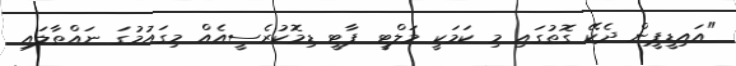
"އައިޑީޕީން ދެކޭ ގޮތުގައި މި ކަމަކީ މަލްޓީ ޕާޓީ ޑިމޮކުރެސީއެއް މިގައުމުގަ ނައްތާލައި